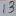
Text: 13